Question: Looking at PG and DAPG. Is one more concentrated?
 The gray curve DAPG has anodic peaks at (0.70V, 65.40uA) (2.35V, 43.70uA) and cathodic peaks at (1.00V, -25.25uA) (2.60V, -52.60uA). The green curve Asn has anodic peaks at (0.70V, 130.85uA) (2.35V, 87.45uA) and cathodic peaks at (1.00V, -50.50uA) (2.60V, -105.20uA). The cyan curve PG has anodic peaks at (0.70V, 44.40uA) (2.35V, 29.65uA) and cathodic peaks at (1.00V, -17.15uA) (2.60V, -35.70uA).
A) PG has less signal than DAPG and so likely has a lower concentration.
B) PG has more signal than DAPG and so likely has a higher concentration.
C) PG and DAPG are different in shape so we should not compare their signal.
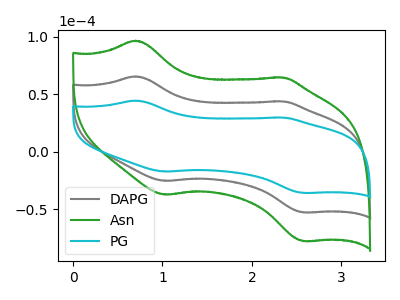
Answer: <think>All the peaks in "PG" have a peak in "DAPG" at the same potential. Every peak in "PG" is lower than every peak in "DAPG".
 </think>
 <answer>A) "PG" has less signal than "DAPG" and so likely has a lower concentration.</answer>
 <eval>A</eval>